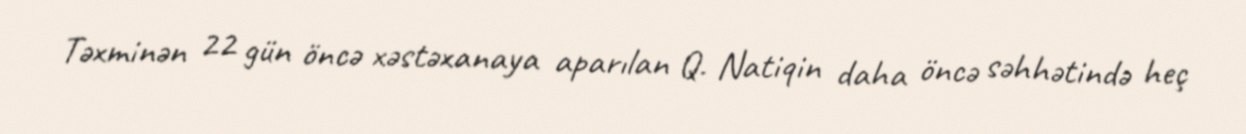
Təxminən 22 gün öncə xəstəxanaya aparılan Q. Natiqin daha öncə səhhətində heç